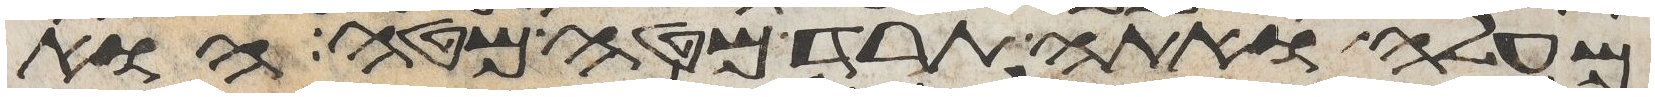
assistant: מעלה ואתה תרד מטה מטה הוא